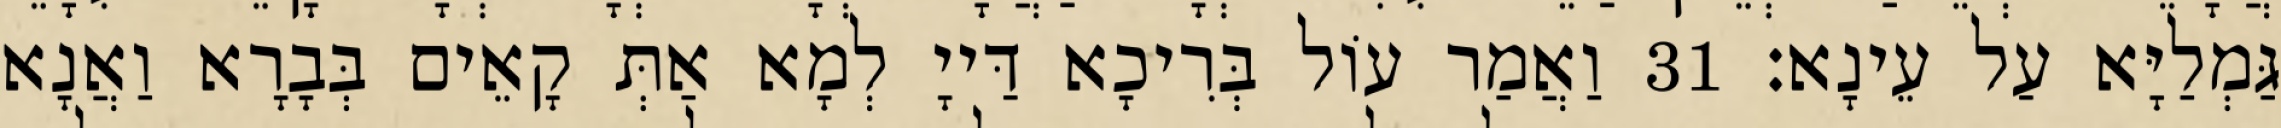
גַּמְלַיָּא עַל עֵינָא׃ 31 וַאֲמַר עוֹל בְּרִיכָא דַּייָ לְמָא אַתְּ קָאֵים בְּבָרָא וַאֲנָא